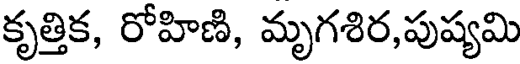
కృత్తిక, రోహిణి, మృగశిర,పుష్యమి